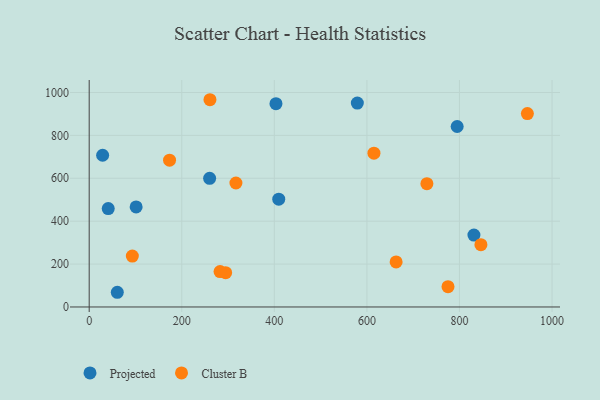
{"axis": {"x": "Investment", "y": "Salary"}, "legend": ["Cluster B", "Projected"], "data": [{"x": "403.5", "y": 948.1, "type": "Projected"}, {"x": "579.3", "y": 950.6, "type": "Projected"}, {"x": "29.0", "y": 707.3, "type": "Projected"}, {"x": "795.0", "y": 841.4, "type": "Projected"}, {"x": "101.4", "y": 466.3, "type": "Projected"}, {"x": "409.5", "y": 502.4, "type": "Projected"}, {"x": "831.2", "y": 335.4, "type": "Projected"}, {"x": "60.7", "y": 68.5, "type": "Projected"}, {"x": "260.2", "y": 600.0, "type": "Projected"}, {"x": "41.1", "y": 458.8, "type": "Projected"}, {"x": "775.2", "y": 94.8, "type": "Cluster B"}, {"x": "93.2", "y": 237.3, "type": "Cluster B"}, {"x": "317.0", "y": 578.0, "type": "Cluster B"}, {"x": "173.6", "y": 684.5, "type": "Cluster B"}, {"x": "615.2", "y": 717.1, "type": "Cluster B"}, {"x": "663.1", "y": 209.8, "type": "Cluster B"}, {"x": "729.6", "y": 574.8, "type": "Cluster B"}, {"x": "260.9", "y": 966.3, "type": "Cluster B"}, {"x": "846.3", "y": 290.4, "type": "Cluster B"}, {"x": "294.8", "y": 160.0, "type": "Cluster B"}, {"x": "282.7", "y": 165.0, "type": "Cluster B"}, {"x": "946.7", "y": 901.9, "type": "Cluster B"}]}